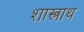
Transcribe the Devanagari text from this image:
शास्त्राथ